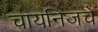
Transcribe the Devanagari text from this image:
चायनिजचे